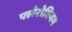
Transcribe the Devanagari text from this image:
फ्लेरोवियम